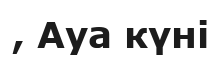
, Ауа күні